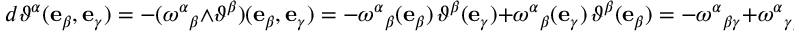
d \vartheta ^ { \alpha } ( \mathbf { e } _ { \beta } , \mathbf { e } _ { \gamma } ) = - ( \omega ^ { \alpha } { } _ { \beta } \wedge \vartheta ^ { \beta } ) ( \mathbf { e } _ { \beta } , \mathbf { e } _ { \gamma } ) = - \omega ^ { \alpha } { } _ { \beta } ( \mathbf { e } _ { \beta } ) \, \vartheta ^ { \beta } ( \mathbf { e } _ { \gamma } ) + \omega ^ { \alpha } { } _ { \beta } ( \mathbf { e } _ { \gamma } ) \, \vartheta ^ { \beta } ( \mathbf { e } _ { \beta } ) = - \omega ^ { \alpha } { } _ { \beta \gamma } + \omega ^ { \alpha } { } _ { \gamma \beta } \, .